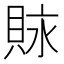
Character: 𧵾